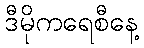
ဒီမိုကရေစီနေ့